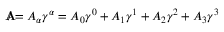
\mathbf { A } \! \! \! \! / = A _ { \alpha } \gamma ^ { \alpha } = A _ { 0 } \gamma ^ { 0 } + A _ { 1 } \gamma ^ { 1 } + A _ { 2 } \gamma ^ { 2 } + A _ { 3 } \gamma ^ { 3 }